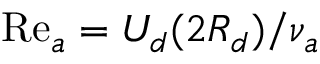
\mathrm { R e } _ { a } = U _ { d } ( 2 R _ { d } ) / \nu _ { a }